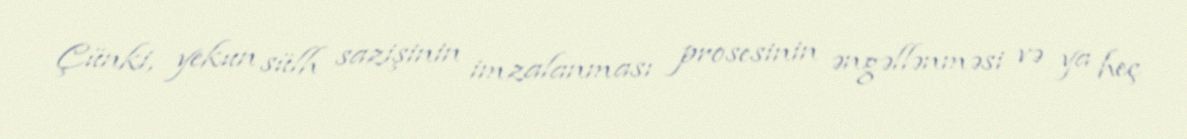
Çünki, yekun sülh sazişinin imzalanması prosesinin əngəllənməsi və ya heç